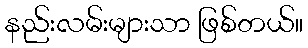
နည်းလမ်းများသာ ဖြစ်တယ်။